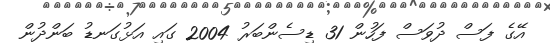
އޭގެ ފަސް ދުވަސް ފަހުން 31 ޑިސެންބަރު 2004 ގައި އަޅުގަނޑު ބަންދުން